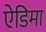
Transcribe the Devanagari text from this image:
ऐडिमा